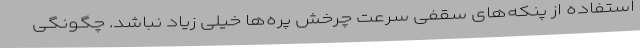
استفاده از پنکه‌های سقفی سرعت چرخش پره‌ها خیلی زیاد نباشد. چگونگی